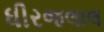
ધીરજલાલ